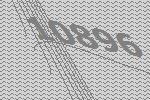
10896